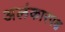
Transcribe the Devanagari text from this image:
अलंकारपक्ष